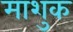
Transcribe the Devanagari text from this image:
माशुक